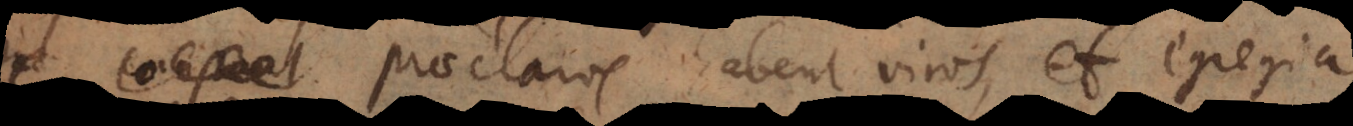
praeclaros habent viros, et egregia